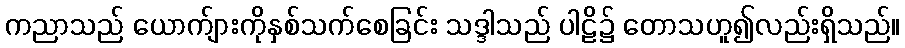
ကညာသည် ယောက်ျားကိုနှစ်သက်စေခြင်း သဒ္ဒါသည် ပါဠိ၌ တောသဟူ၍လည်းရှိသည်။